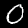
Label: 0